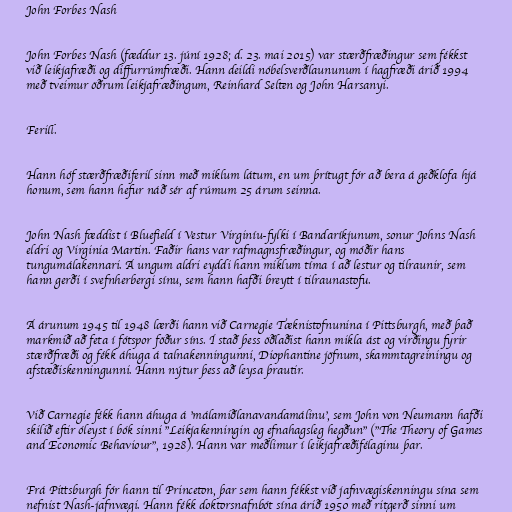
John Forbes Nash

John Forbes Nash (fæddur 13. júní 1928; d. 23. mai 2015) var stærðfræðingur sem fékkst
við leikjafræði og diffurrúmfræði. Hann deildi nóbelsverðlaununum í hagfræði árið 1994
með tveimur öðrum leikjafræðingum, Reinhard Selten og John Harsanyi.

Ferill.

Hann hóf stærðfræðiferil sinn með miklum látum, en um þrítugt fór að bera á geðklofa hjá
honum, sem hann hefur náð sér af rúmum 25 árum seinna.

John Nash fæddist í Bluefield í Vestur Virginíu-fylki í Bandaríkjunum, sonur Johns Nash
eldri og Virginia Martin. Faðir hans var rafmagnsfræðingur, og móðir hans
tungumálakennari. Á ungum aldri eyddi hann miklum tíma í að lestur og tilraunir, sem
hann gerði í svefnherbergi sínu, sem hann hafði breytt í tilraunastofu.

Á árunum 1945 til 1948 lærði hann við Carnegie Tæknistofnunina í Pittsburgh, með það
markmið að feta í fótspor föður síns. Í stað þess öðlaðist hann mikla ást og virðingu fyrir
stærðfræði og fékk áhuga á talnakenningunni, Diophantine jöfnum, skammtagreiningu og
afstæðiskenningunni. Hann nýtur þess að leysa þrautir.

Við Carnegie fékk hann áhuga á 'málamiðlanavandamálinu', sem John von Neumann hafði
skilið eftir óleyst í bók sinni "Leikjakenningin og efnahagsleg hegðun" ("The Theory of Games
and Economic Behaviour", 1928). Hann var meðlimur í leikjafræðifélaginu þar.

Frá Pittsburgh fór hann til Princeton, þar sem hann fékkst við jafnvægiskenningu sína sem
nefnist Nash-jafnvægi. Hann fékk doktorsnafnbót sína árið 1950 með ritgerð sinni um